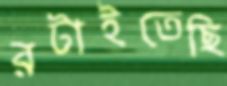
রটাইতেছি